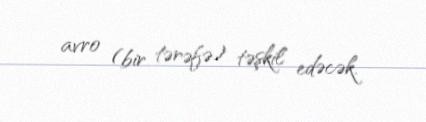
avro (bir tərəfə) təşkil edəcək.